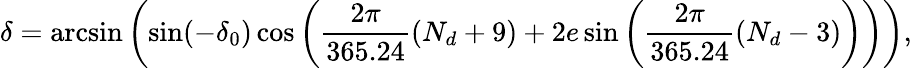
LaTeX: \delta=\arcsin\left(\sin(-\delta_{0})\cos\left(\frac{2\pi}{365.24}(N_{d}+9)+2e\sin\left(\frac{2\pi}{365.24}(N_{d}-3)\right)\right)\right),